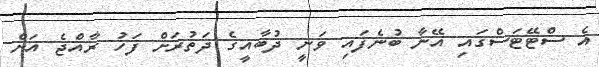
އެ ސްޓޭޓަސްގައި އޭނާ ބުނެފައި ވަނީ ދުބާއީގެ ދަތުރަށް ފަހު ރާއްޖެ އަށް